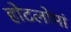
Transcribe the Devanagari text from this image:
होटलोमां